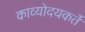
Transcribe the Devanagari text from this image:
काव्योदयकर्ते